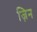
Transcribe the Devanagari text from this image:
ज़िन